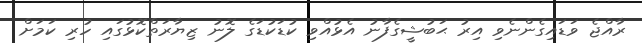
ރާއްޖެ ވަޑައިގެންނެވި އިރު ޙަބުޝީގެފާނު އެޅުއްވި ކުޑަކުޑަގެ ލޮނު ޒިޔާރަތްކޮޅުގައި ހުރި ކަމަށް